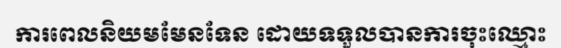
ការពេលនិយមមែនទែន ដោយទទួលបានការចុះឈ្មោះ